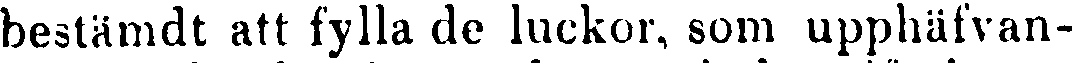
bestämdt att fylla de luckor, som upphafvan-